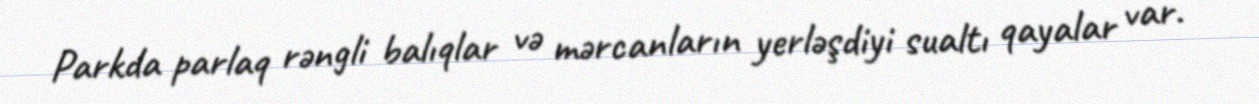
Parkda parlaq rəngli balıqlar və mərcanların yerləşdiyi sualtı qayalar var.